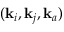
( \mathbf { k } _ { i } , \mathbf { k } _ { j } , \mathbf { k } _ { a } )